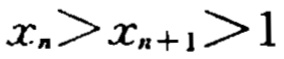
\(x_{n}>x_{n + 1}>1\)